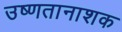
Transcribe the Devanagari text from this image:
उष्णतानाशक